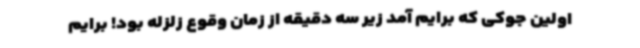
اولین جوکی که برایم آمد زیر سه دقیقه از زمان وقوع زلزله بود! برایم